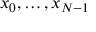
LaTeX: x _ { 0 } , \ldots , x _ { N - 1 }